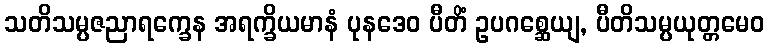
သတိသမ္ပဇညာရက္ခေန အရက္ခိယမာနံ ပုနဒေဝ ပီတိံ ဥပဂစ္ဆေယျ, ပီတိသမ္ပယုတ္တမေဝ